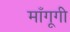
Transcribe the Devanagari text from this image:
माँगूगी